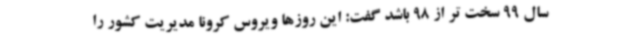
سال 99 سخت تر از 98 باشد گفت: این روزها ویروس کرونا مدیریت کشور را